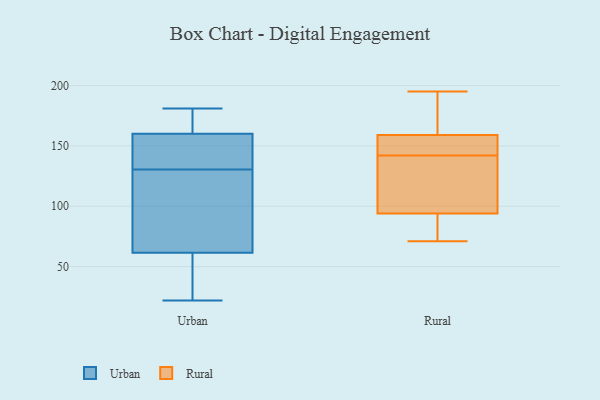
{"axis": {"x": "Operating Costs (USD K)", "y": "Value"}, "legend": ["Rural", "Urban"], "data": [{"x": "", "y": 52, "type": "Urban"}, {"x": "", "y": 141, "type": "Urban"}, {"x": "", "y": 181, "type": "Urban"}, {"x": "", "y": 22, "type": "Urban"}, {"x": "", "y": 92, "type": "Urban"}, {"x": "", "y": 67, "type": "Urban"}, {"x": "", "y": 86, "type": "Urban"}, {"x": "", "y": 123, "type": "Urban"}, {"x": "", "y": 175, "type": "Urban"}, {"x": "", "y": 56, "type": "Urban"}, {"x": "", "y": 156, "type": "Urban"}, {"x": "", "y": 164, "type": "Urban"}, {"x": "", "y": 176, "type": "Urban"}, {"x": "", "y": 146, "type": "Urban"}, {"x": "", "y": 138, "type": "Urban"}, {"x": "", "y": 54, "type": "Urban"}, {"x": "", "y": 94, "type": "Rural"}, {"x": "", "y": 131, "type": "Rural"}, {"x": "", "y": 153, "type": "Rural"}, {"x": "", "y": 156, "type": "Rural"}, {"x": "", "y": 159, "type": "Rural"}, {"x": "", "y": 71, "type": "Rural"}, {"x": "", "y": 84, "type": "Rural"}, {"x": "", "y": 195, "type": "Rural"}, {"x": "", "y": 104, "type": "Rural"}, {"x": "", "y": 161, "type": "Rural"}]}